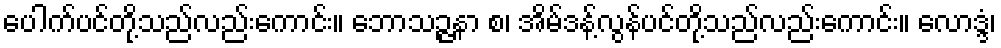
ပေါက်ပင်တို့သည်လည်းကောင်း။ ဘောသဉ္ဇနာ စ၊ အိမ်ဒန့်လွန်ပင်တို့သည်လည်းကောင်း။ လောဒ္ဒံ၊